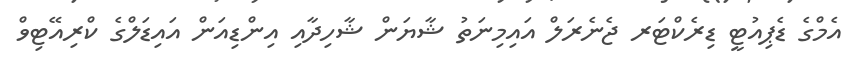
އެމްގެ ޑެޕިއުޓީ ޑިރެކްޓަރ ޖެނެރަލް އައިމިނަތު ޝާޔަން ޝާހިދާއި އިންޑިއަން އައިޑަލްގެ ކްރިއޭޓިވް